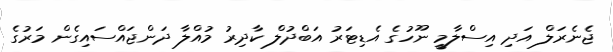
ޖެނެރަލް އަދި އިސްލާމީ ނޫހުގެ އެޑިޓަރު އަބްދުލް ކާދިރު މުއްލާ ދަންޖައްސައިގެން މަރުގެ